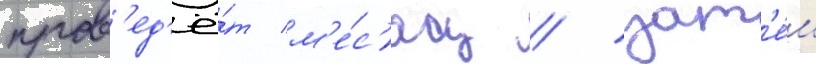
пров'ед'ё́т м'е́с'яц / зат'е́м